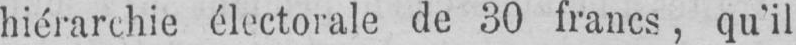
hiérarchie électorale de 30 francs, qu’il